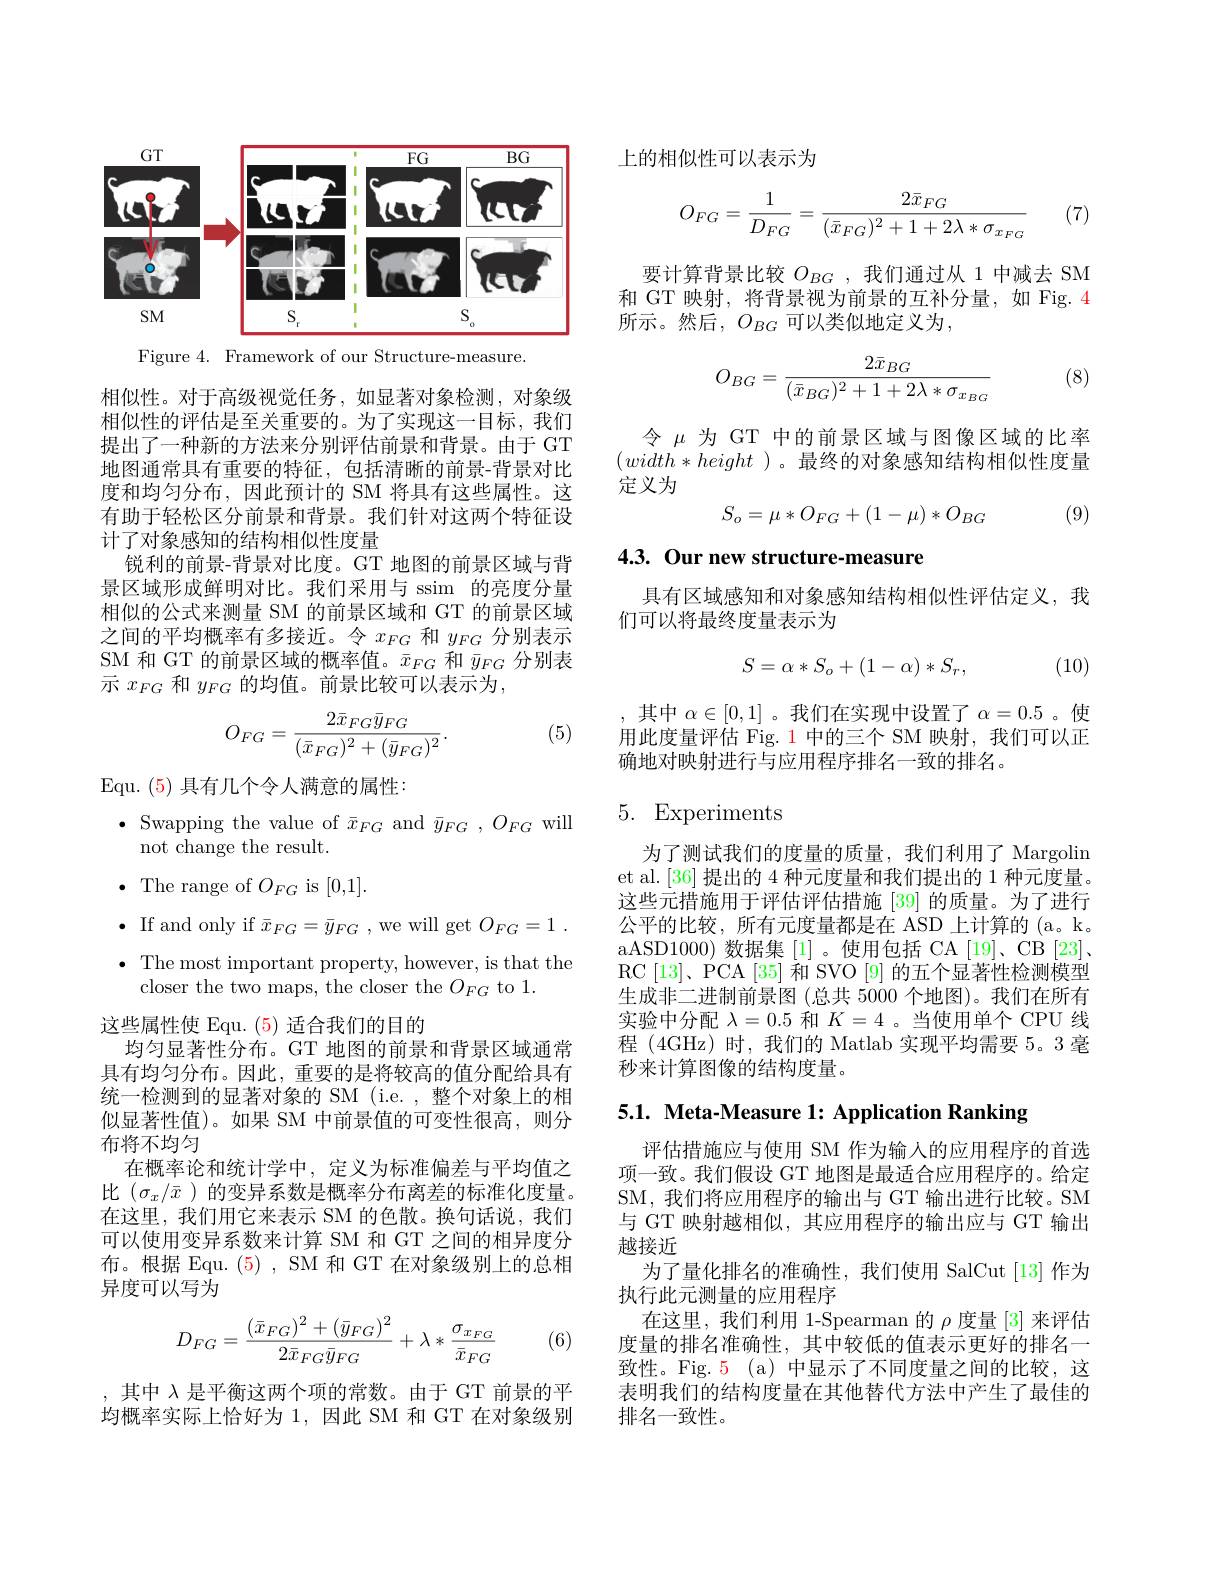
<FigureHere>

Figure 4. Framework of our Structure-measure.

相似性。对于高级视觉任务，如显著对象检测，对象级相似性的评估是至关重要的。为了实现这一目标，我们提出了一种新的方法来分别评估前景和背景。由于 GT 地图通常具有重要的特征，包括清晰的前景-背景对比度和均匀分布，因此预计的 SM 将具有这些属性。这有助于轻松区分前景和背景。我们针对这两个特征设计了对象感知的结构相似性度量
锐利的前景-背景对比度。GT 地图的前景区域与背景区域形成鲜明对比。我们采用与 ssim 的亮度分量相似的公式来测量 SM 的前景区域和 GT 的前景区域之间的平均概率有多接近。令$x_{FG}$和$y_{FG}$分别表示SM 和 GT 的前景区域的概率值。$\bar{x}_{FG}$和$\bar{y}_{FG}$分别表示$x_{FG}$和$y_{FG}$的均值。前景比较可以表示为，
$$O_{FG}=\frac{2\bar x_{FG}\bar y_{FG}}{(\bar x_{FG})^2+(\bar y_{FG})^2}.$$
(5)

Equ. (5)具有几个令人满意的属性：
$\bullet$ Swapping the value of $\bar{x}_{FG}$ and $\bar{y}_{FG},O_{FG}$ will
not change the result.
$\bullet$ The range of $O_{FG}$ is [0,1].
$\bullet$ If and only if $\bar{x}_{FG}=\bar{y}_{FG}$,we will get $O_{FG}=1.$ $\bullet$ The most important property, however, is that the
closer the two maps, the closer the $O_FG$ to 1.
这些属性使 Equ. (5) 适合我们的目的
均匀显著性分布。GT 地图的前景和背景区域通常具有均匀分布。因此，重要的是将较高的值分配给具有统一检测到的显著对象的 SM (i.e. , 整个对象上的相似显著性值)。如果 SM 中前景值的可变性很高，则分布将不均匀
在概率论和统计学中，定义为标准偏差与平均值之比$(\sigma_x/\bar{x}$ )的变异系数是概率分布离差的标准化度量。在这里，我们用它来表示 SM 的色散。换句话说，我们可以使用变异系数来计算 SM 和 GT 之间的相异度分布。根据 Equ. (5) , SM 和 GT 在对象级别上的总相异度可以写为
$$D_{FG}=\frac{(\bar{x}_{FG})^2+(\bar{y}_{FG})^2}{2\bar{x}_{FG}\bar{y}_{FG}}+\lambda*\frac{\sigma_{x_{FG}}}{\bar{x}_{FG}}$$
(6)

,其中$\lambda$是平衡这两个项的常数。由于 GT 前景的平均概率实际上恰好为 1,因此 SM 和 GT 在对象级别

上的相似性可以表示为
$$O_{FG}=\frac{1}{D_{FG}}=\frac{2\bar{x}_{FG}}{(\bar{x}_{FG})^2+1+2\lambda*\sigma_{x_{FG}}}$$
(7)

要计算背景比较$O_{BG}$,我们通过从 1 中减去 SM 和 GT 映射，将背景视为前景的互补分量，如 Fig. 4所示。然后，$O_BG$可以类似地定义为，
$$O_{BG}=\frac{2\bar{x}_{BG}}{(\bar{x}_{BG})^2+1+2\lambda*\sigma_{x_{BG}}}$$
(8)

令$\mu$为 GT 中的前景区域与图像区域的比率$(width*height$ )。最终的对象感知结构相似性度量定义为
$$S_o=\mu*O_{FG}+(1-\mu)*O_{BG}$$
(9)

4.3. Our new structure-measure

具有区域感知和对象感知结构相似性评估定义，我
们可以将最终度量表示为
$$S=\alpha*S_o+(1-\alpha)*S_r,$$
(10)

,其中 $\alpha\in[0,1]$ 。我们在实现中设置了$\alpha=0.5$。使用此度量评估 Fig. 1 中的三个 SM 映射，我们可以正确地对映射进行与应用程序排名一致的排名。

# 5. Experiments

为了测试我们的度量的质量，我们利用了 Margolin et al.[36] 提出的 4 种元度量和我们提出的 1 种元度量。这些元措施用于评估评估措施 [39] 的质量。为了进行公平的比较，所有元度量都是在 ASD 上计算的 (a。k。aASD1000) 数据集 [1] 。使用包括 CA [19]、CB [23]、 RC [13]、PCA [35] 和 SVO [9] 的五个显著性检测模型生成非二进制前景图 (总共 5000 个地图)。我们在所有实验中分配$\lambda=0.5$和$K=4$ 。当使用单个 CPU 线程 (4GHz) 时，我们的 Matlab 实现平均需要 5。3 毫秒来计算图像的结构度量。

5.1. Meta-Measure 1: Application Ranking

评估措施应与使用 SM 作为输入的应用程序的首选项一致。我们假设 GT 地图是最适合应用程序的。给定SM, 我们将应用程序的输出与 GT 输出进行比较。SM 与 GT 映射越相似，其应用程序的输出应与 GT 输出越接近
为了量化排名的准确性，我们使用 SalCut[13]作为
执行此元测量的应用程序
在这里，我们利用 1-Spearman 的$\rho$度量 [3] 来评估度量的排名准确性，其中较低的值表示更好的排名一致性。Fig.5(a)中显示了不同度量之间的比较，这表明我们的结构度量在其他替代方法中产生了最佳的排名一致性。